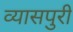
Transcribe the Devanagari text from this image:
व्यासपुरी